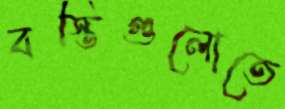
বস্তিগুলোতে